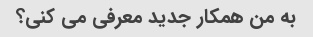
به من همکار جدید معرفی می کنی؟